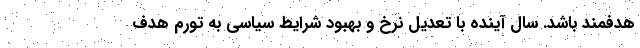
هدفمند باشد. سال آینده با تعدیل نرخ و بهبود شرایط سیاسی به تورم هدف